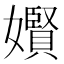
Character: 𪦬